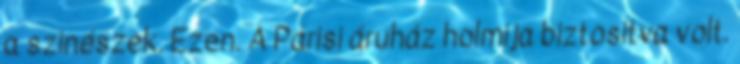
a szinészek. Ezen. A Párisi áruház holmija biztositva volt.